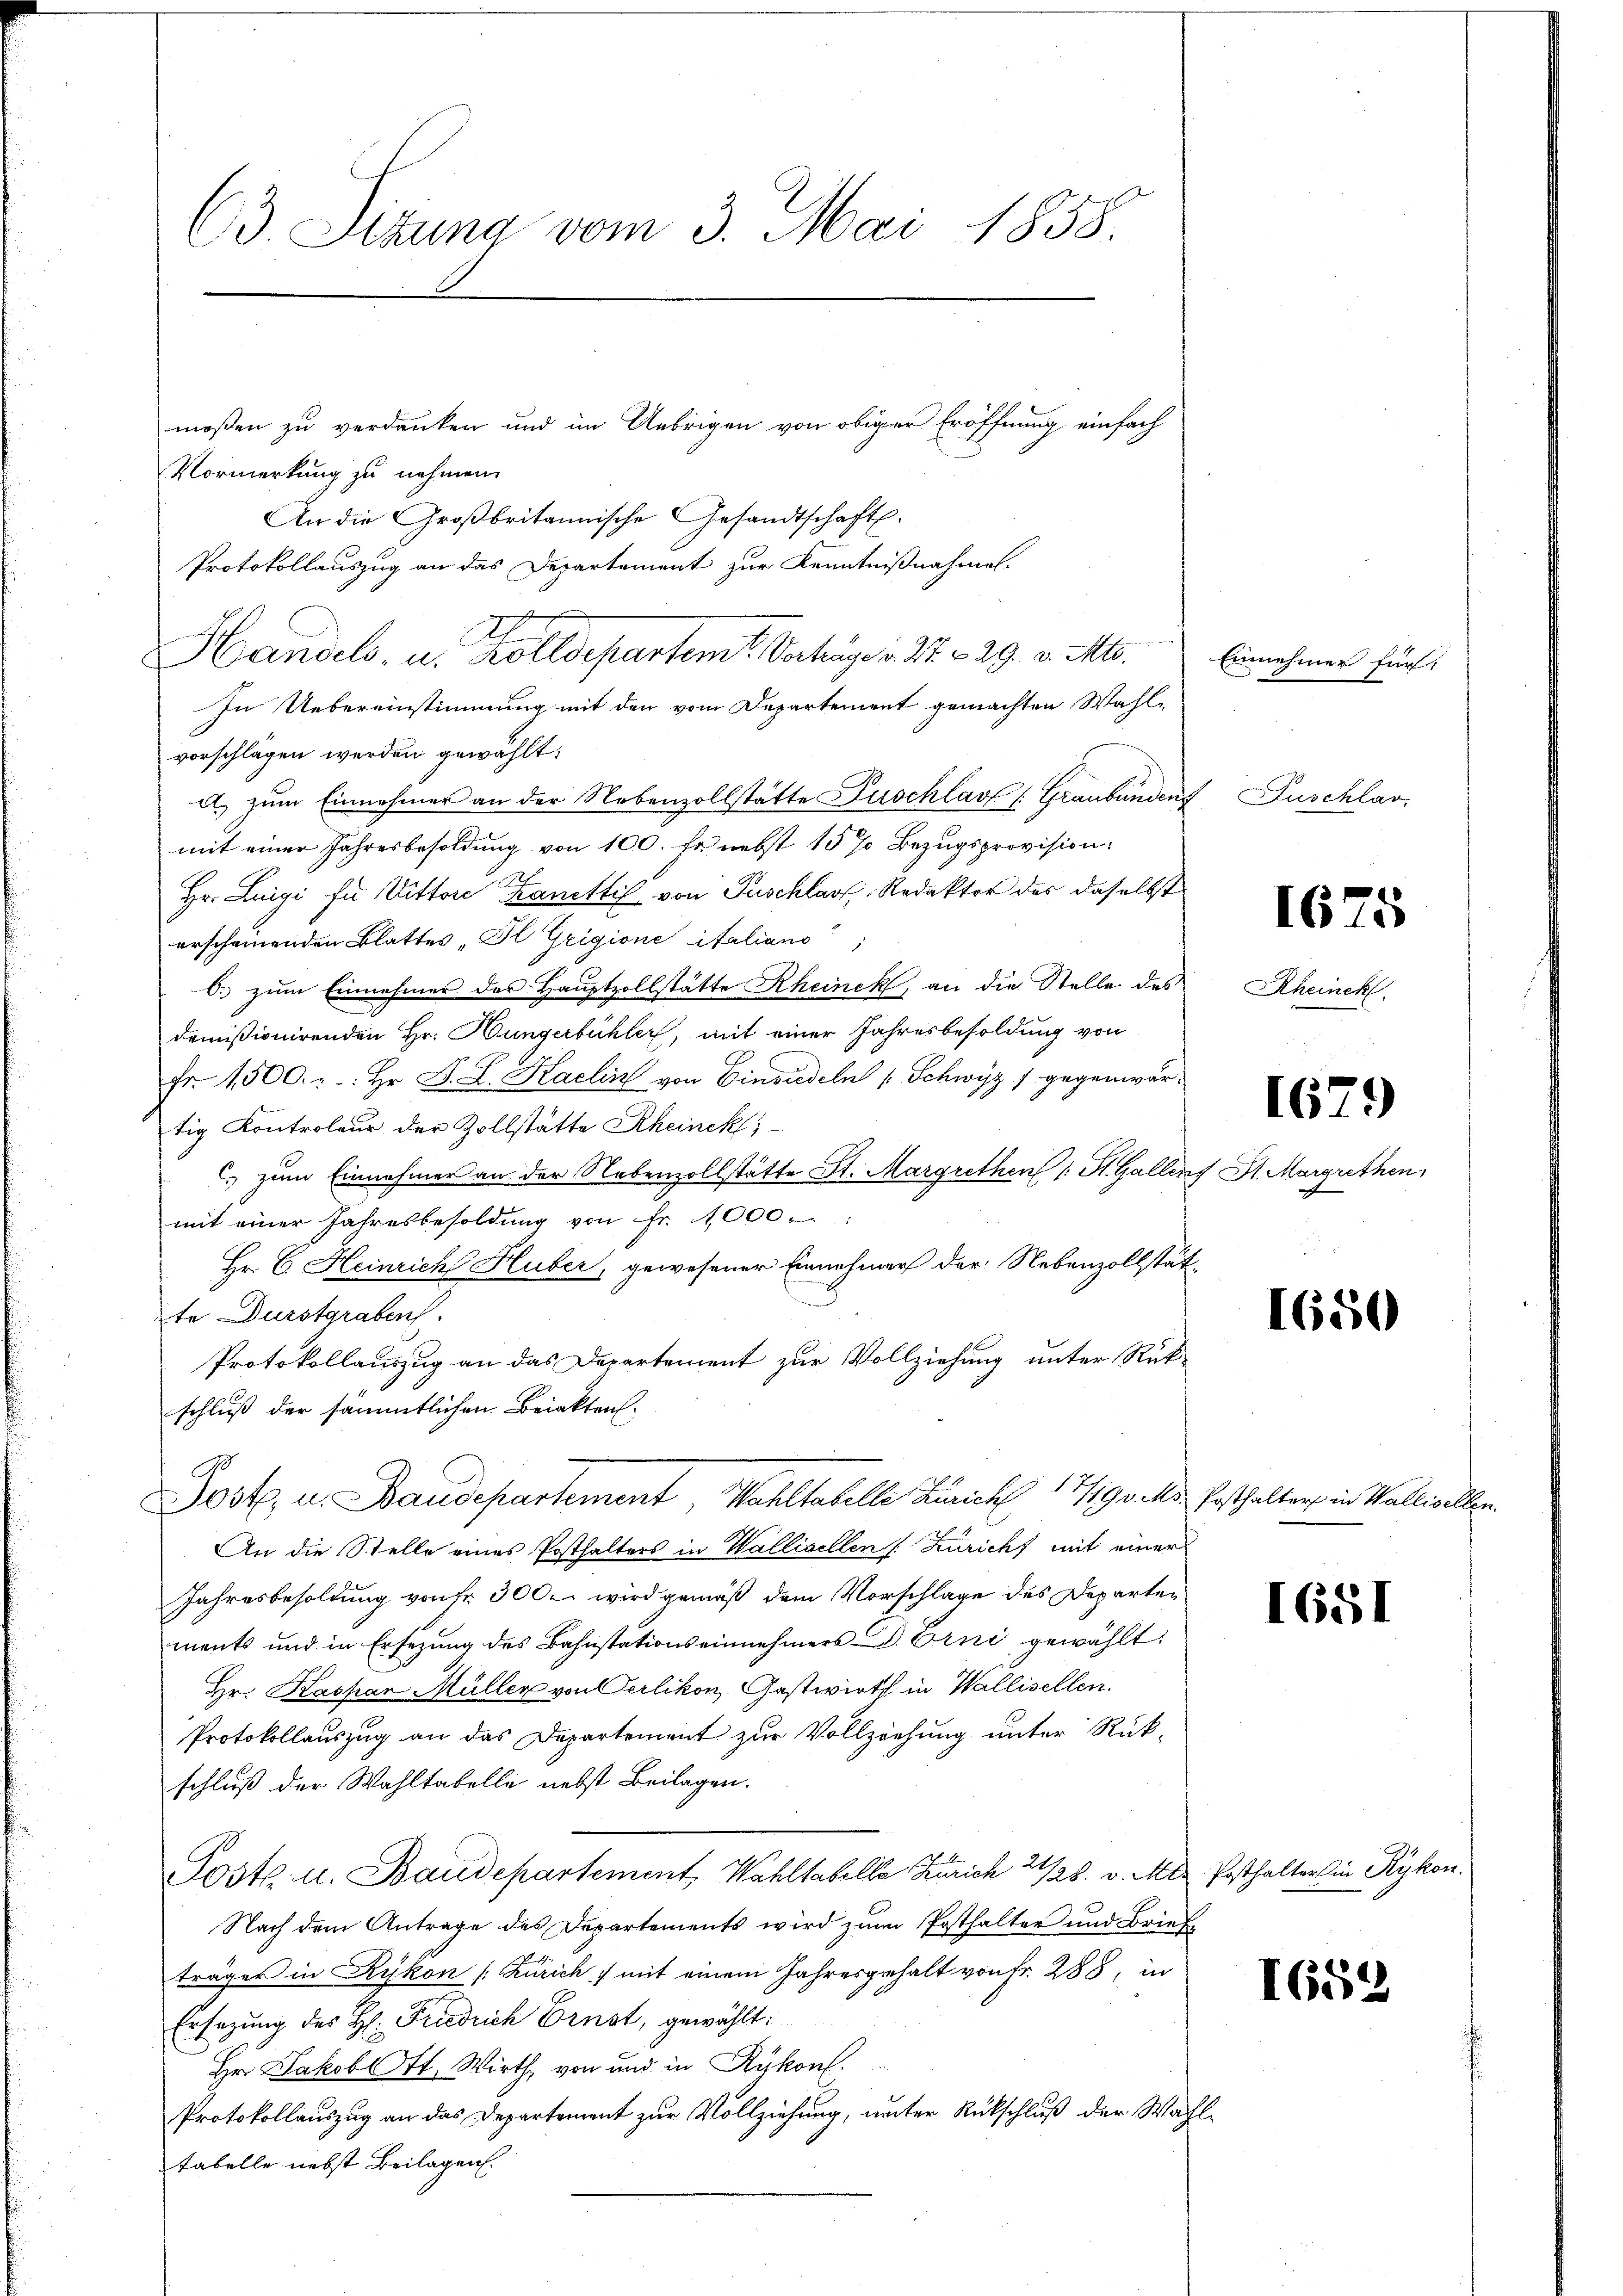
63 Sizung vom 3. Mai 1858.

meßen zu verdanken und im Uebrigen von obiger Eröffnung einfach
Vormerkung zu nehmen.
An die Großbritannische Gesandtschaft.
Protokollauszug an das Departement zur Kenntnißnahmen.
Handels- u. Kolldepartem Vertrage v. 27. & 29. v. Mts.
In Uebereinstimmung mit den vom Departement gemachten Wahl-
vorschlagen werden gewählt.
A.) zum Einnehmer an der Nebenzollstätte Zuschlaut (Graubünden Puschlav
mit einer Jahresbesoldung von 100. fr. nebst 15 % Bezugsprovision.
Hr. Luigi fü Vittore Kantti von Puschlaf. Redaktor des daselbst
erscheinenden Blattes „Il Grigione italiano
b. zum Einnehmer des Hauptzollstätte Rheinck, an die Stelle des
demissionirenden Hr. Hungerbühler, mit einer Jahresbesoldung von
Fr. 1500. : : Hr. J. L. Karlin von Einsiedeln " Schwyz / gegenwärtig Kontroleur der Zollstatte Rheinek;
 zum Einnehmer an der Nebenzollstätte St. Margrethen 1 St. Gallen St. Margrethen,
mit einer Jahresbesoldung von fr. 1000.
Hr. C. Heinrich Huber, gewesener Einnehmer der Nebenzollstätte Durstgraben.
Protokollauszug an das Departement zur Vollziehung unter Rükschluß der sämmtlichen Beiakten.
Post, u. Baudepartement, Wahltabelle Zürich 17/190 Mk. Ersthalter in Wallivellen
An die Stelle eines Posthalters in Wallisellen [Züricht mit einer
Jahresbesoldung von Fr. 300. wird gemäß dem Vorschlage des Departen
ments und in Ersezung des Bahnstationseinnehmers D. Erni gewählt:
Hr. Kaspar Müller von erlikon, Gastwirth in Wallisellen.
Protokollauszug an das Departement zur Vollziehung unter Rück-
schluß der Wahltabelle nebst Beilagen.
Poste u. Baudepartement, Wahltabelle Zürich 2 1/28. v. Mts. Posthalter in Rykon.
Nach dem Antrage des Departements wird zum Posthalter und Briefe
träger in Rykon (Zürich , mit einem Jahresgehalt von Fr. 288, in
Ersezung des H: Friedrich Ernst, gewählt:
Hr. Jakob Ott. Wirth, von und in Rykon.
Protokollauszug an das Departement zur Vollziehung, unter Rückschluß der Wahltabelle nebst Beilagen.

e

Einnehmer für

1675

Rheinek

1679

1650

1651

I652